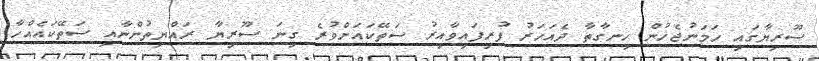
ސޫރިޔާގައި ހަމަނުޖެހުން ހިނގާތާ ދެއަހަރު ފުރިފައިވާއިރު ސަތޭކައަށްވުރެ ގިނަ ސޫރިޔާ ރައްޔިތުންނާއި ސަތޭކައެއްހާ